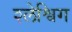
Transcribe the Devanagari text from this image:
श्लेश्विग